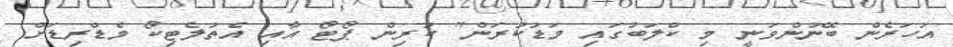
އަހަރެން ބޭނުންވަނީ މި ކްލަބުގައި މަޑުކުރަން" ކުރިން ޕޯޓޯ އާއި އެތުލެޓިކޯ މެޑްރިޑަށް